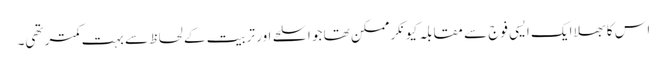
اس کا بھلا ایک ایسی فوج سے مقابلہ کیونکر ممکن تھا جو اسلحے اور تربیت کے لحاظ سے بہت کمتر تھی۔